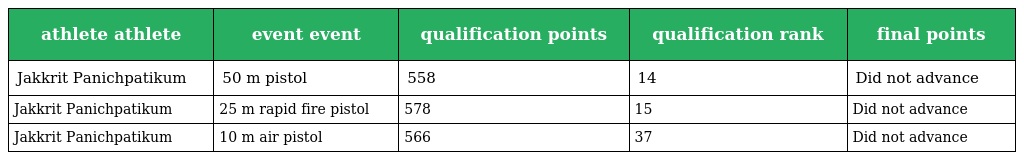
| athlete athlete | event event | qualification points | qualification rank | final points |
 | --- | --- | --- | --- | --- |
 | Jakkrit Panichpatikum | 50 m pistol | 558 | 14 | Did not advance |
 | Jakkrit Panichpatikum | 25 m rapid fire pistol | 578 | 15 | Did not advance |
 | Jakkrit Panichpatikum | 10 m air pistol | 566 | 37 | Did not advance |